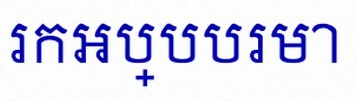
រកអប្បបរមា